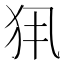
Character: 𤜾